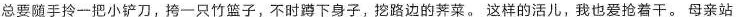
总要随手拎一把小铲刀，挎一只竹篮子，不时蹲下身子，挖路边的荠菜。这样的活儿，我也爱抢着干。母亲站